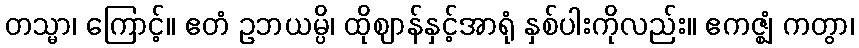
တသ္မာ၊ ကြောင့်။ ဧတံ ဥဘယမ္ပိ၊ ထိုဈာန်နှင့်အာရုံ နှစ်ပါးကိုလည်း။ ဧကဇ္ဈံ ကတွာ၊